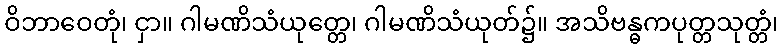
ဝိဘာဝေတုံ၊ ငှာ။ ဂါမဏိသံယုတ္တေ၊ ဂါမဏိသံယုတ်၌။ အသိဗန္ဓကပုတ္တသုတ္တံ၊